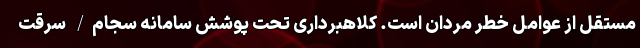
مستقل از عوامل خطر مردان است. کلاهبرداری تحت پوشش سامانه سجام/ سرقت